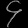
Digit: ၄